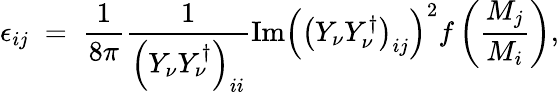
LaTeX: \epsilon_{ij}\; =\; {\frac{1}{8\pi}}{\frac{1}{\left(Y_{\nu}Y_{\nu}^{\dagger}\right)_{ii}}}\mathrm{Im}\left(\left(Y_{\nu}Y_{\nu}^{\dagger}\right)_{ij}\right)^{2}f\left({\frac{M_{j}}{M_{i}}}\right),